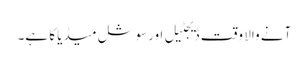
آنے والا وقت ڈیجٹیل اورسوشل میڈیا کا ہے۔